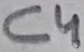
Text: C4